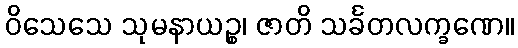
ဝိသေသေ သုမနာယဉ္စ၊ ဇာတိ သင်္ခတလက္ခဏေ။